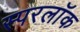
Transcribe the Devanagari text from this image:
स्परलॉक